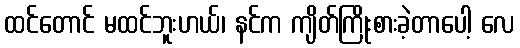
ထင်တောင် မထင်ဘူးဟယ်၊ နင်က ကျိတ်ကြိုးစားခဲ့တာပေါ့ လေ